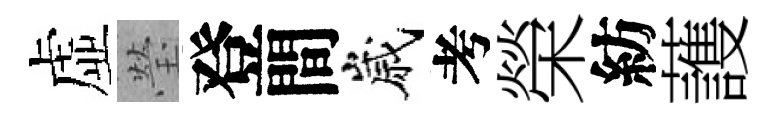
虚瑩登間嵗考榮紡䕶